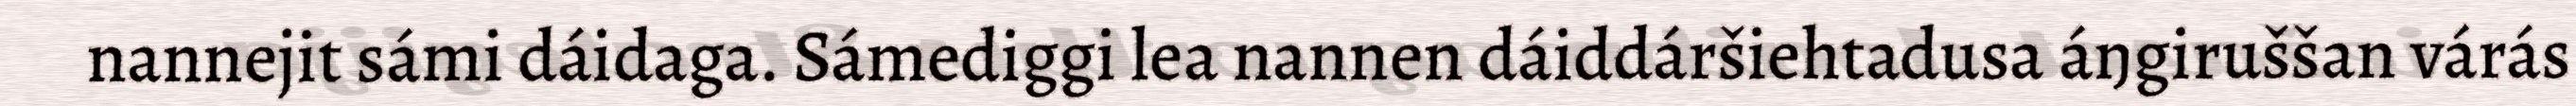
nannejit sámi dáidaga. Sámediggi lea nannen dáiddáršiehtadusa áŋgiruššan várás